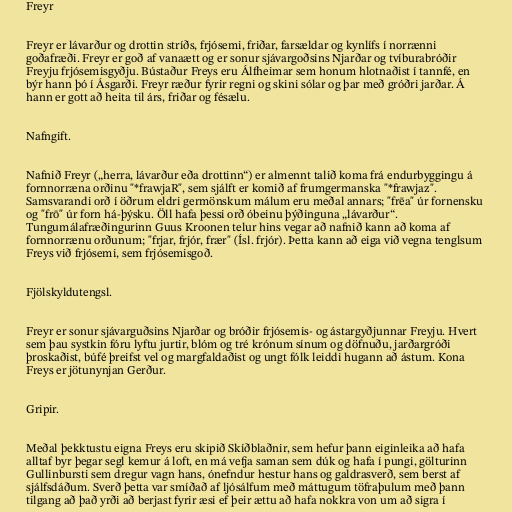
Freyr

Freyr er lávarður og drottin stríðs, frjósemi, friðar, farsældar og kynlífs í norrænni
goðafræði. Freyr er goð af vanaætt og er sonur sjávargoðsins Njarðar og tvíburabróðir
Freyju frjósemisgyðju. Bústaður Freys eru Álfheimar sem honum hlotnaðist í tannfé, en
býr hann þó í Ásgarði. Freyr ræður fyrir regni og skini sólar og þar með gróðri jarðar. Á
hann er gott að heita til árs, friðar og fésælu.

Nafngift.

Nafnið Freyr („herra, lávarður eða drottinn“) er almennt talið koma frá endurbyggingu á
fornnorræna orðinu "*frawjaR", sem sjálft er komið af frumgermanska "*frawjaz".
Samsvarandi orð í öðrum eldri germönskum málum eru meðal annars; "frēa" úr fornensku
og "frō" úr forn há-þýsku. Öll hafa þessi orð óbeinu þýðinguna „lávarður“.
Tungumálafræðingurinn Guus Kroonen telur hins vegar að nafnið kann að koma af
fornnorrænu orðunum; "frjar, frjór, frær" (Ísl. frjór). Þetta kann að eiga við vegna tenglsum
Freys við frjósemi, sem frjósemisgoð.

Fjölskyldutengsl.

Freyr er sonur sjávarguðsins Njarðar og bróðir frjósemis- og ástargyðjunnar Freyju. Hvert
sem þau systkin fóru lyftu jurtir, blóm og tré krónum sínum og döfnuðu, jarðargróði
þroskaðist, búfé þreifst vel og margfaldaðist og ungt fólk leiddi hugann að ástum. Kona
Freys er jötunynjan Gerður.

Gripir.

Meðal þekktustu eigna Freys eru skipið Skíðblaðnir, sem hefur þann eiginleika að hafa
alltaf byr þegar segl kemur á loft, en má vefja saman sem dúk og hafa í pungi, gölturinn
Gullinbursti sem dregur vagn hans, ónefndur hestur hans og galdrasverð, sem berst af
sjálfsdáðum. Sverð þetta var smíðað af ljósálfum með máttugum töfraþulum með þann
tilgang að það yrði að berjast fyrir æsi ef þeir ættu að hafa nokkra von um að sigra í